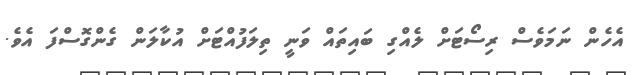
އެހެން ނަމަވެސް ރިސޯޓަށް ލެއްގި ބައިތައް ވަނީ ތިލަފުއްޓަށް އުކާލަން ގެންގޮސްފަ އެވެ.